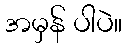
အမှန် ပါပဲ။